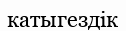
катыгездік